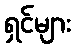
ရှင်များ